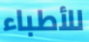
للأطباء